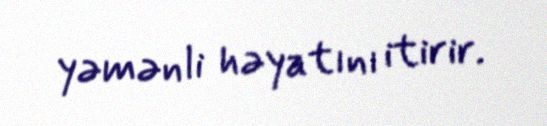
yəmənli həyatını itirir.